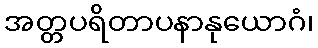
အတ္တပရိတာပနာနုယောဂံ၊